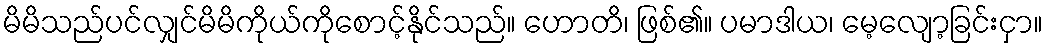
မိမိသည်ပင်လျှင်မိမိကိုယ်ကိုစောင့်နိုင်သည်။ ဟောတိ၊ ဖြစ်၏။ ပမာဒါယ၊ မေ့လျော့ခြင်းငှာ။